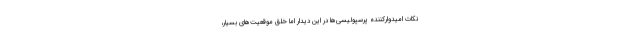
نکات امیدوارکننده پرسپولیسی‌ها در این دیدار اما خلق موقعیت‌های بسیار،